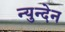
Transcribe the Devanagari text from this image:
न्युन्देन